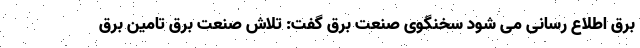
برق اطلاع رسانی می شود سخنگوی صنعت برق گفت: تلاش صنعت برق تامین برق